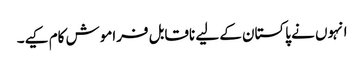
انہوں نے پاکستان کے لیے ناقابل فراموش کام کیے۔